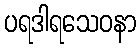
ပရဒါရသေဝနာ